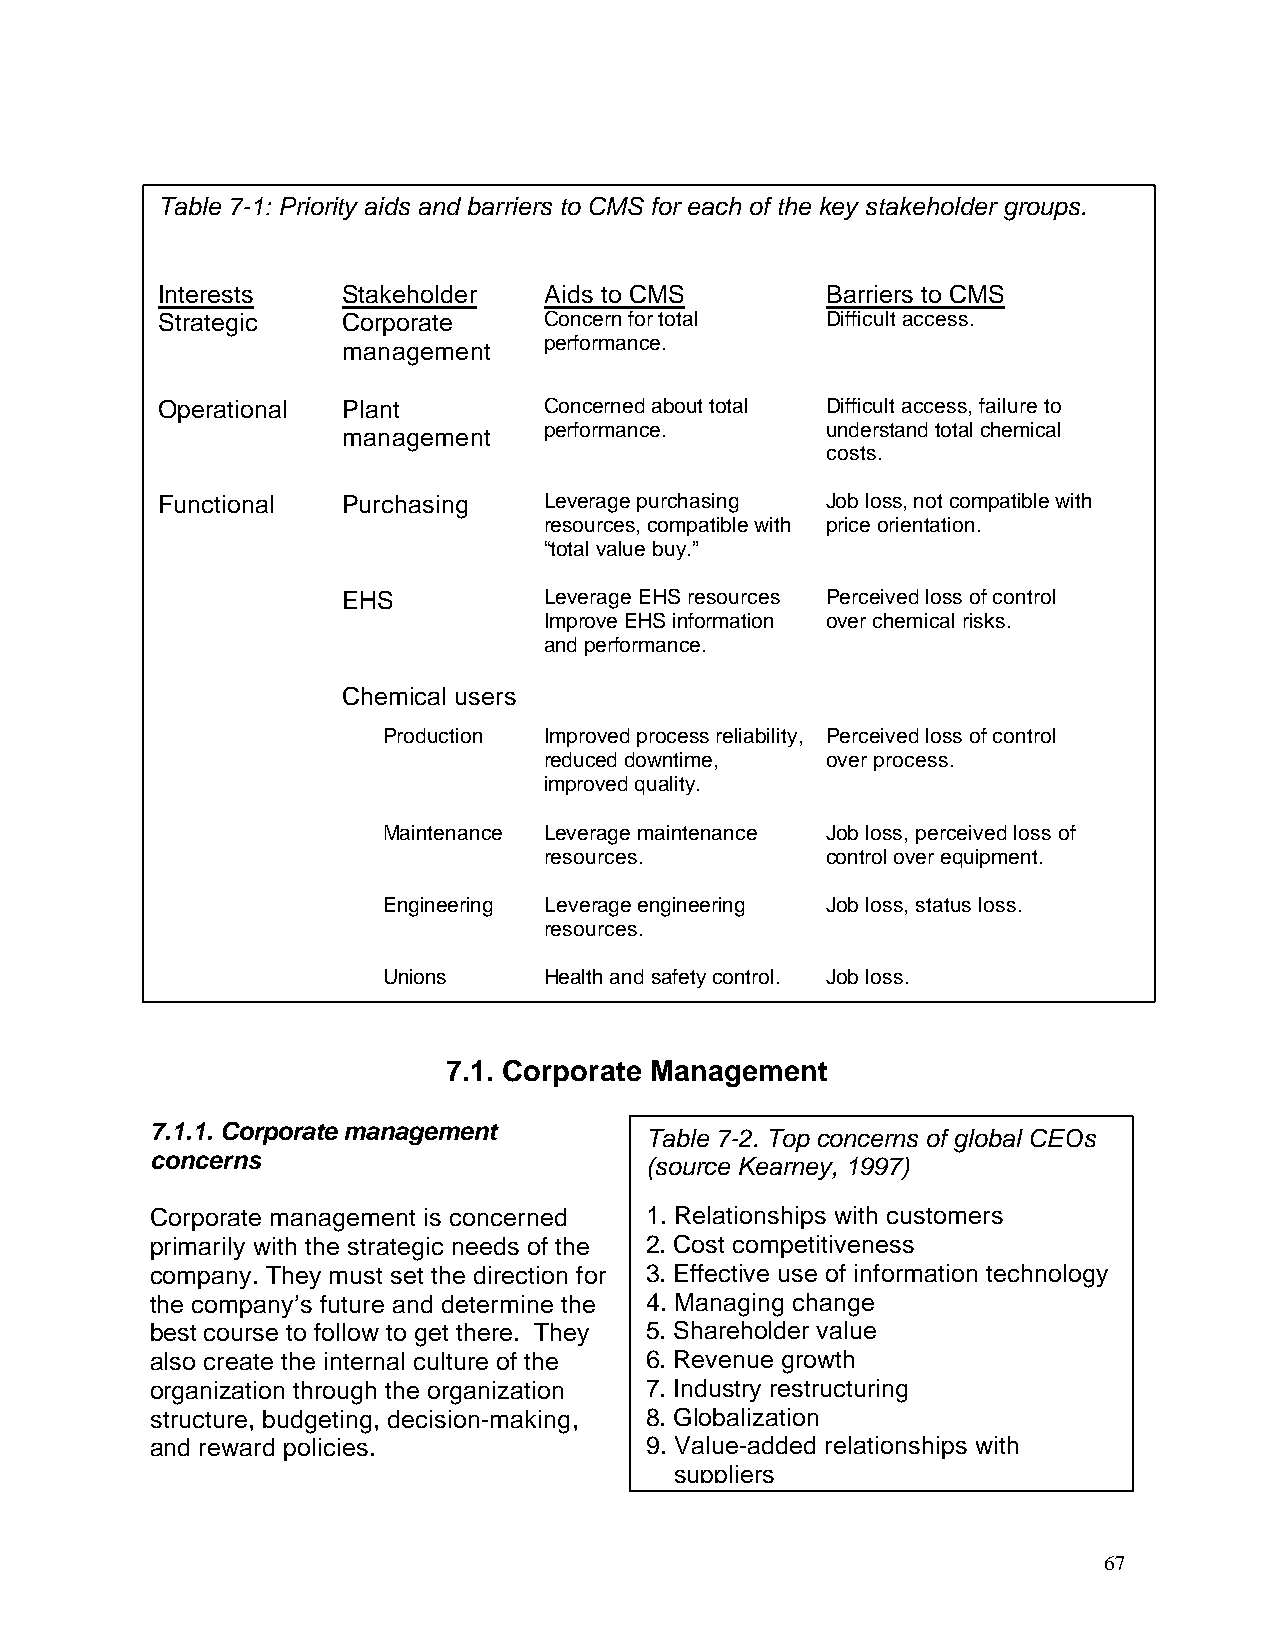
Table 7-1: Priority aids and barriers to CMS for each of the key stakeholder groups.
 Interests    Stakeholder  Aids to CMS        Barriers to CMS
 Strategic    Corporate    Concern for total  Difficult access.
 performance.
 management
 Operational  Plant        Concerned about total Difficult access, failure to
 management   performance.       understand total chemical
 costs.
 Functional   Purchasing   Leverage purchasing Job loss, not compatible with
 resources, compatible with price orientation.
 “total value buy.”
 EHS          Leverage EHS resources Perceived loss of control
 Improve EHS information over chemical risks.
 and performance.
 Chemical users
 Production Improved process reliability, Perceived loss of control
 reduced downtime,  over process.
 improved quality.
 Maintenance Leverage maintenance Job loss, perceived loss of
 resources.         control over equipment.
 Engineering Leverage engineering Job loss, status loss.
 resources.
 Unions     Health and safety control. Job loss.
 7.1. Corporate Management
 7.1.1. Corporate management
 Table 7-2. Top concerns of global CEOs
 concerns                         (source Kearney, 1997)
 Corporate management is concerned 1. Relationships with customers
 primarily with the strategic needs of the 2. Cost competitiveness
 company. They must set the direction for 3. Effective use of information technology
 the company’s future and determine the 4. Managing change
 best course to follow to get there. They 5. Shareholder value
 also create the internal culture of the 6. Revenue growth
 organization through the organization 7. Industry restructuring
 structure, budgeting, decision-making, 8. Globalization
 and reward policies.             9. Value-added relationships with
 suppliers
 67